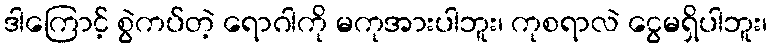
ဒါကြောင့် စွဲကပ်တဲ့ ရောဂါကို မကုအားပါဘူး၊ ကုစရာလဲ ငွေမရှိပါဘူး၊